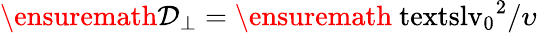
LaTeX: \ensuremath{\mathcal{D}_{\perp}}=\ensuremath{\mathrm{\ textsl{v}}_{0}}^{2}/\upsilon